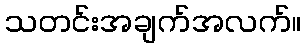
သတင်းအချက်အလက်။